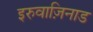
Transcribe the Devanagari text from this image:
इरुवाज़िनाड